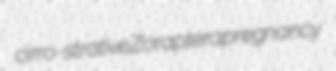
cirro-strative Zoraptera pregnancy